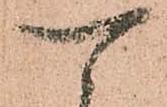
可